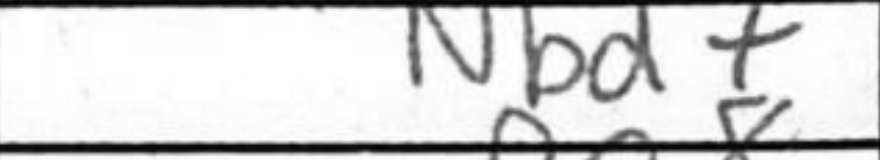
Transcription: Nbd7